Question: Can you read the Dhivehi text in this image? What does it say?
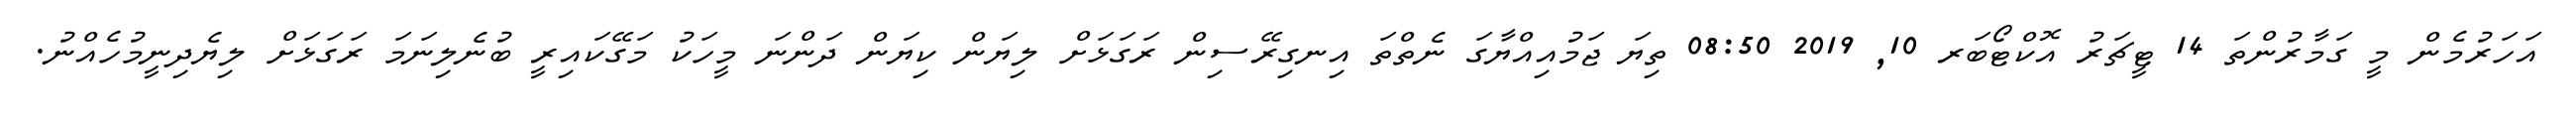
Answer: އަހަރުމެން މީ ގަމާރުންތަ 14 ޓީޗަރު އޮކްޓޯބަރ 10, 2019 08:50 ތިޔަ ޖަމުއިއްޔާގަ ނެތްތަ އިނގިރޭސިން ރަގަޅަށް ލިޔަން ކިޔަން ދަންނަ މީހަކު މަގޭކައިރީ ބުނެލިނަމަ ރަގަޅަށް ލިޔެދިނީމުހެއްނު.